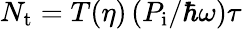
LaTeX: N_{\mathrm{t}}=T(\eta)\left(P_{\mathrm{i}}/\hbar\omega\right)\tau